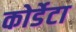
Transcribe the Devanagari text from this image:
कोर्डेटा